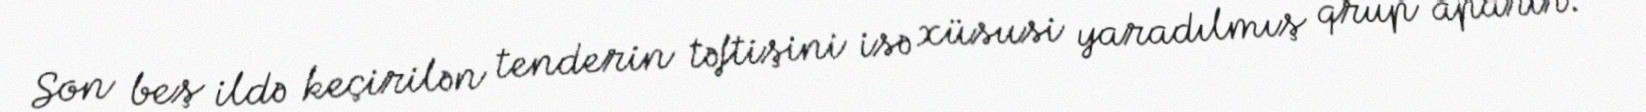
Son beş ildə keçirilən tenderin təftişini isə xüsusi yaradılmış qrup aparır.